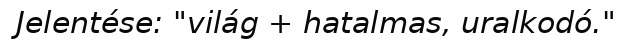
Jelentése: "világ + hatalmas, uralkodó."